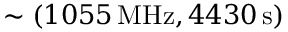
\sim ( { 1 0 5 5 } \, \mathrm { M H z } , { 4 4 3 0 } \, \mathrm { s } )